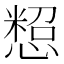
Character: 𢠒